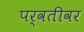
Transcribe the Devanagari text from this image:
पर्वतीवर